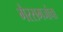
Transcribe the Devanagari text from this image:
गैरसमजांचा